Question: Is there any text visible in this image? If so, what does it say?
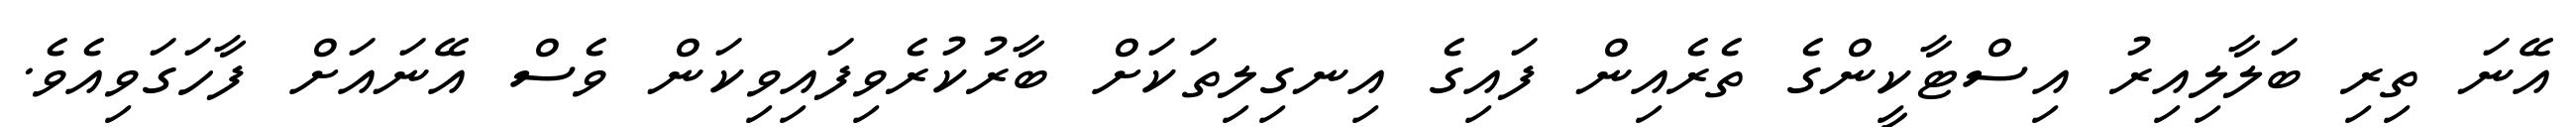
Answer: އޭނަ ތިރި ބަލާލިއިރު އިސްޓާކީންގެ ތެރެއިން ފައިގެ އިނގިލިތަކަށް ބާރުކުރެވިފައިވިކަން ވެސް އޭނައަށް ފާހަގަވިއެވެ.